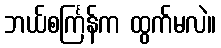
ဘယ်စင်္ကြန်က ထွက်မလဲ။